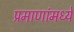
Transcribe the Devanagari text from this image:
प्रमाणांमध्ये